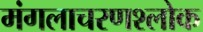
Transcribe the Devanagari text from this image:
मंगलाचरणश्लोक